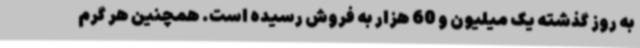
به روز گذشته یک میلیون و 60 هزار به فروش رسیده است. همچنین هر گرم